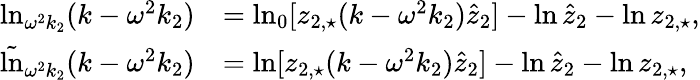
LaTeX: \begin{array}{rl}{\ln_{\omega^{2}k_{2}}(k-\omega^{2}k_{2})}&{=\ln_{0}[z_{2,\star}(k-\omega^{2}k_{2})\hat{z}_{2}]-\ln\hat{z}_{2}-\ln z_{2,\star},}\\ {\tilde{\ln}_{\omega^{2}k_{2}}(k-\omega^{2}k_{2})}&{=\ln[z_{2,\star}(k-\omega^{2}k_{2})\hat{z}_{2}]-\ln\hat{z}_{2}-\ln z_{2,\star},}\end{array}